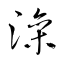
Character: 澡